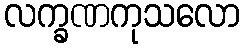
လက္ခဏကုသလော